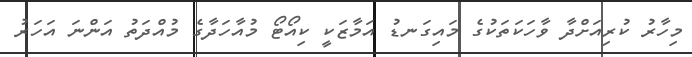
މިހާރު ކުރިއަށްދާ ވާހަކަތަކުގެ މައިގަނޑު އަމާޒަކީ ކިއޯޓޯ މުއާހަދާގެ މުއްދަތު އަންނަ އަހަރު